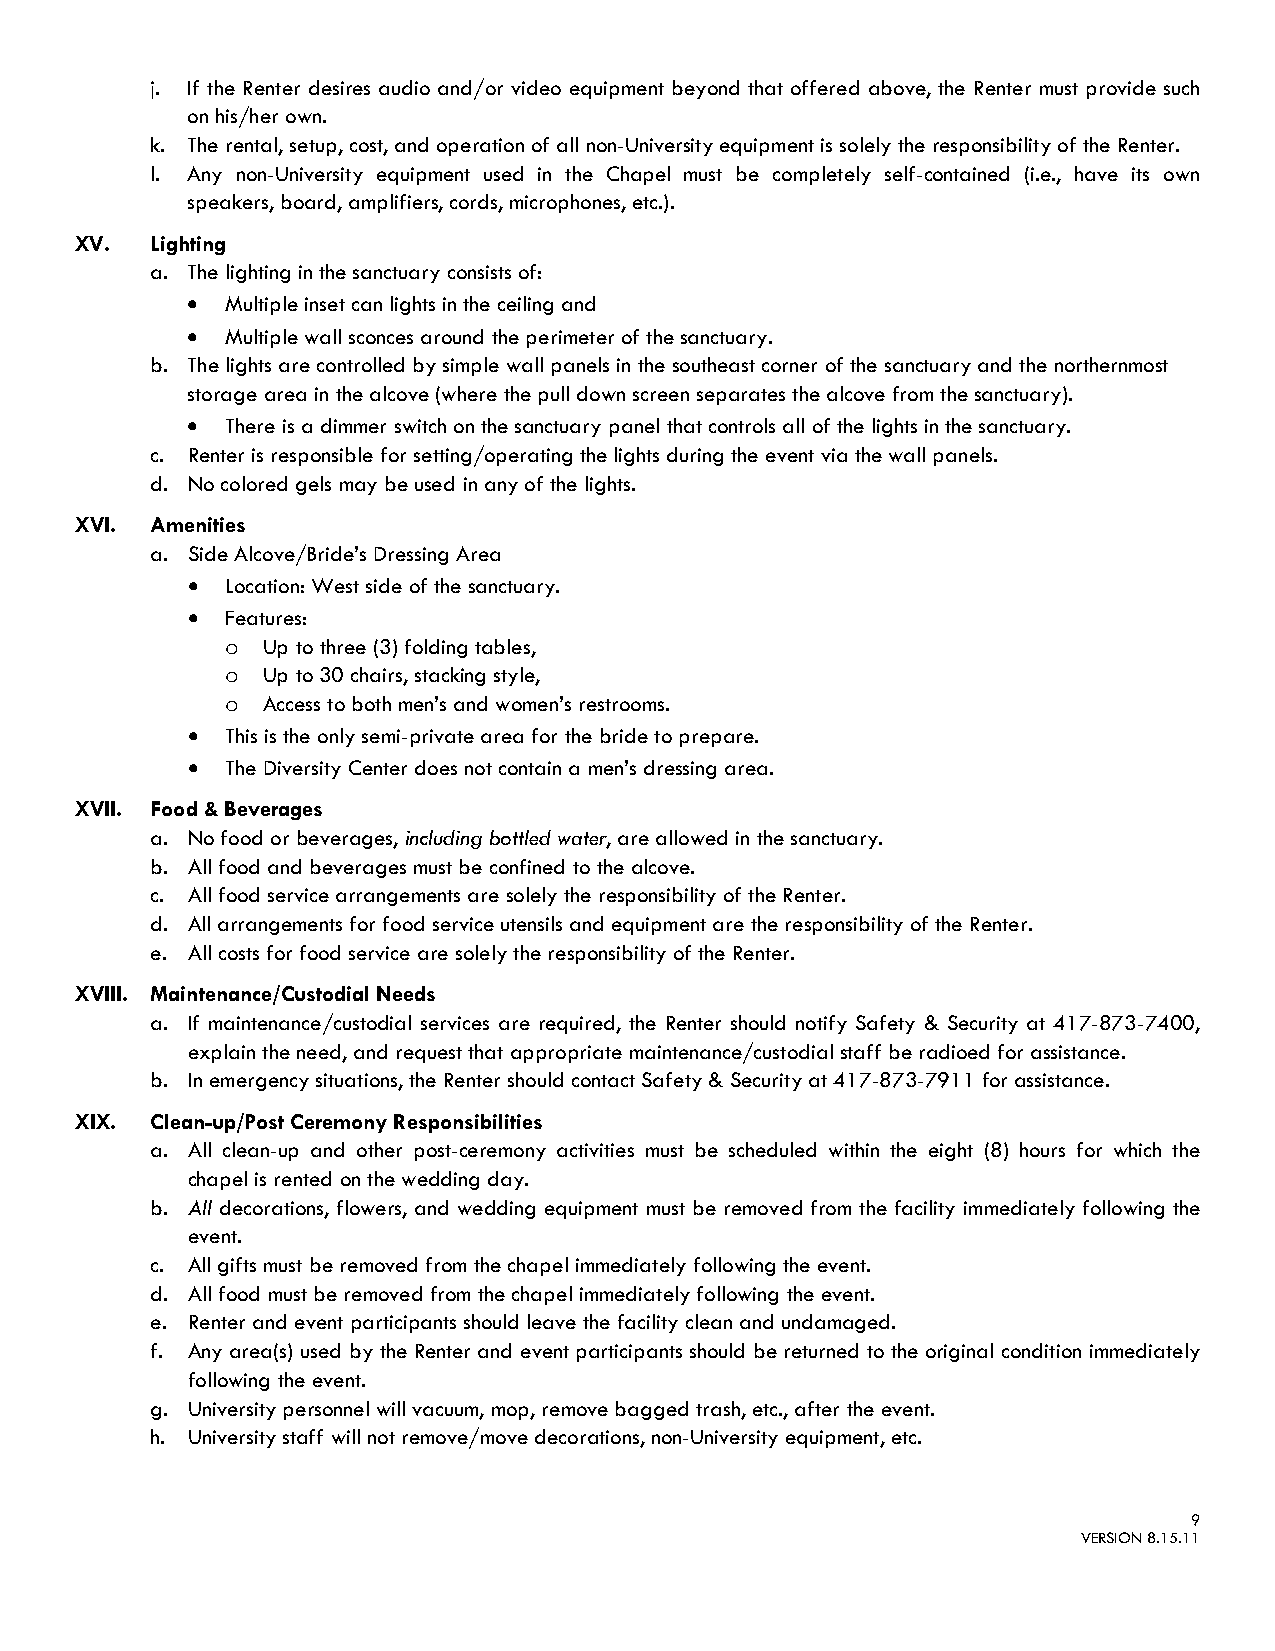
j. If the Renter desires audio and/or video equipment beyond that offered above, the Renter must provide such
 on his/her own.
 k. The rental, setup, cost, and operation of all non-University equipment is solely the responsibility of the Renter.
 l. Any non-University equipment used in the Chapel must be completely self-contained (i.e., have its own
 speakers, board, amplifiers, cords, microphones, etc.).
 XV.  Lighting
 a. The lighting in the sanctuary consists of:
 •  Multiple inset can lights in the ceiling and
 •  Multiple wall sconces around the perimeter of the sanctuary.
 b. The lights are controlled by simple wall panels in the southeast corner of the sanctuary and the northernmost
 storage area in the alcove (where the pull down screen separates the alcove from the sanctuary).
 •  There is a dimmer switch on the sanctuary panel that controls all of the lights in the sanctuary.
 c. Renter is responsible for setting/operating the lights during the event via the wall panels.
 d. No colored gels may be used in any of the lights.
 XVI. Amenities
 a. Side Alcove/Bride’s Dressing Area
 •  Location: West side of the sanctuary.
 •  Features:
 Up to three (3) folding tables,
 o
 Up to 30 chairs, stacking style,
 o
 Access to both men’s and women’s restrooms.
 o
 •  This is the only semi-private area for the bride to prepare.
 •  The Diversity Center does not contain a men’s dressing area.
 XVII. Food & Beverages
 a. No food or beverages, including bottled water, are allowed in the sanctuary.
 b. All food and beverages must be confined to the alcove.
 c. All food service arrangements are solely the responsibility of the Renter.
 d. All arrangements for food service utensils and equipment are the responsibility of the Renter.
 e. All costs for food service are solely the responsibility of the Renter.
 XVIII. Maintenance/Custodial Needs
 a. If maintenance/custodial services are required, the Renter should notify Safety & Security at 417-873-7400,
 explain the need, and request that appropriate maintenance/custodial staff be radioed for assistance.
 b. In emergency situations, the Renter should contact Safety & Security at 417-873-7911 for assistance.
 XIX. Clean-up/Post Ceremony Responsibilities
 a. All clean-up and other post-ceremony activities must be scheduled within the eight (8) hours for which the
 chapel is rented on the wedding day.
 b. All decorations, flowers, and wedding equipment must be removed from the facility immediately following the
 event.
 c. All gifts must be removed from the chapel immediately following the event.
 d. All food must be removed from the chapel immediately following the event.
 e. Renter and event participants should leave the facility clean and undamaged.
 f. Any area(s) used by the Renter and event participants should be returned to the original condition immediately
 following the event.
 g. University personnel will vacuum, mop, remove bagged trash, etc., after the event.
 h. University staff will not remove/move decorations, non-University equipment, etc.
 9
 VERSION 8.15.11